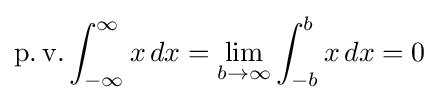
\operatorname {p.v.} \int _{-\infty }^{\infty }x\,dx=\lim _{b\to \infty }\int _{-b}^{b}x\,dx=0